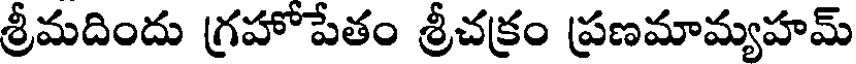
శ్రీమదిందు గ్రహోపేతం శ్రీచక్రం ప్రణమామ్యహమ్